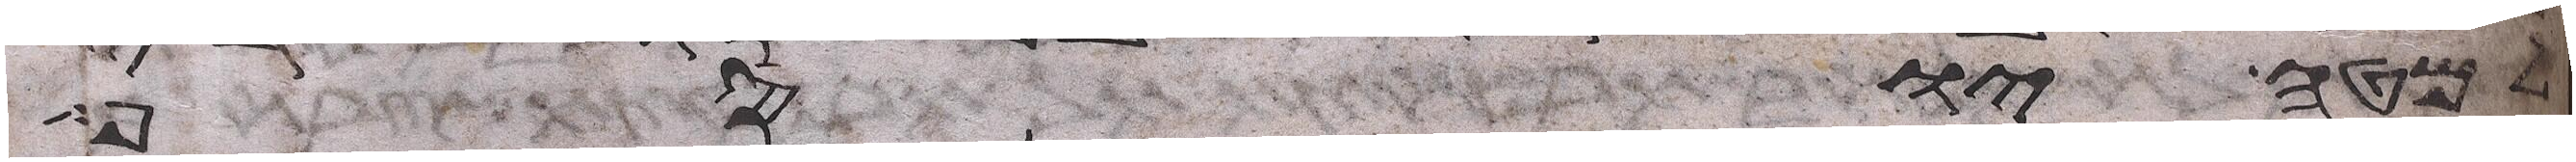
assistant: למטה יהודה וימלא